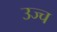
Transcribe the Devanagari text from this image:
उज्च